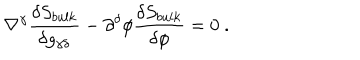
LaTeX: \nabla ^ { \gamma } { \frac { \delta S _ { b u l k } } { \delta g _ { \gamma \delta } } } - \partial ^ { \delta } \phi { \frac { \delta S _ { b u l k } } { \delta \phi } } = 0 \ .